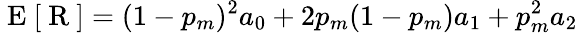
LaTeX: \mathrm{~E~}[\mathrm{~R~}]=(1-p_{m})^{2}a_{0}+2p_{m}(1-p_{m})a_{1}+p_{m}^{2}a_{2}